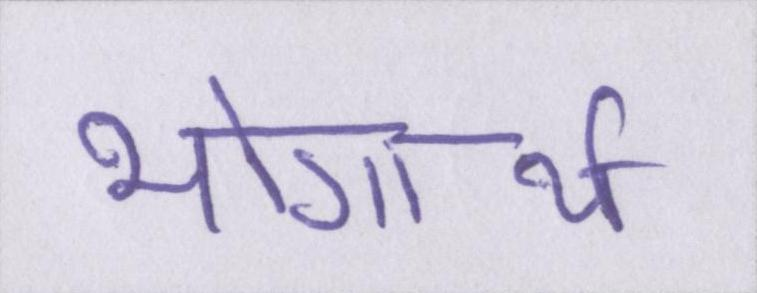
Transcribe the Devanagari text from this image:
भोगार्थ